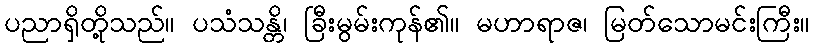
ပညာရှိတို့သည်။ ပသံသန္တိ၊ ခြီးမွမ်းကုန်၏။ မဟာရာဇ၊ မြတ်သောမင်းကြီး။